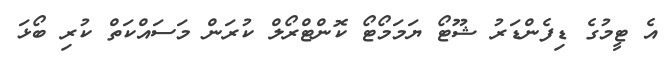
އެ ޓީމުގެ ޑިފެންޑަރު ޝޫޓޯ ޔަމަމޯޓޯ ކޮންޓްރޯލް ކުރަން މަސައްކަތް ކުރި ބޯޅަ